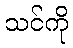
သင်ကို